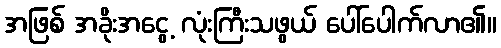
အဖြစ် အခိုးအငွေ့ လုံးကြီးသဖွယ် ပေါ်ပေါက်လာ၏။